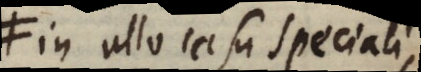
in ullo casu speciali,